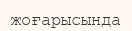
жоғарысында